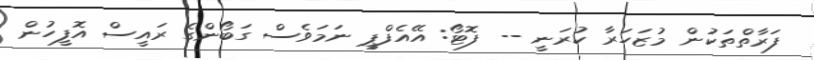
ފަރާތްތަކުން މުޒަހަރާ ކުރަނީ -- ފޮޓޯ: އޭއެފްޕީ ނަމަވެސް ގަބޯންގެ ރައީސް އޮފީހުން